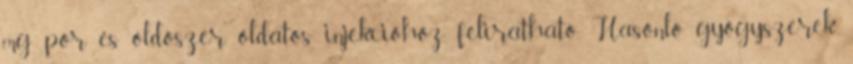
mg por és oldószer oldatos injekcióhoz feliratható. Hasonló gyógyszerek